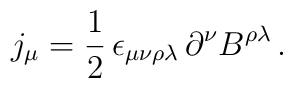
j_\mu=\frac{1}{2}\,\epsilon_{\mu\nu\rho\lambda}\,\partial^\nu B^{\rho\lambda}\,.